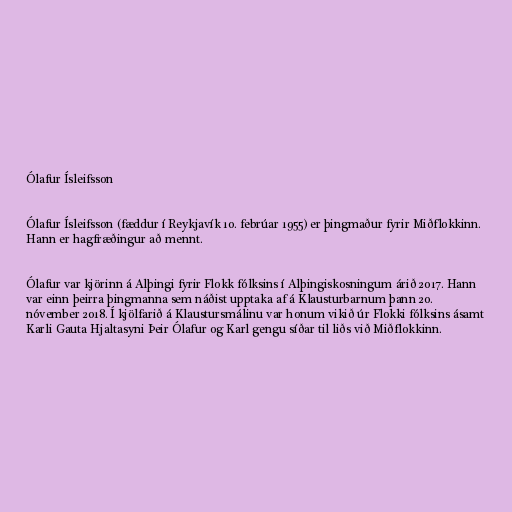
Ólafur Ísleifsson

Ólafur Ísleifsson (fæddur í Reykjavík 10. febrúar 1955) er þingmaður fyrir Miðflokkinn.
Hann er hagfræðingur að mennt.

Ólafur var kjörinn á Alþingi fyrir Flokk fólksins í Alþingiskosningum árið 2017. Hann
var einn þeirra þingmanna sem náðist upptaka af á Klausturbarnum þann 20.
nóvember 2018. Í kjölfarið á Klaustursmálinu var honum vikið úr Flokki fólksins ásamt
Karli Gauta Hjaltasyni Þeir Ólafur og Karl gengu síðar til liðs við Miðflokkinn.